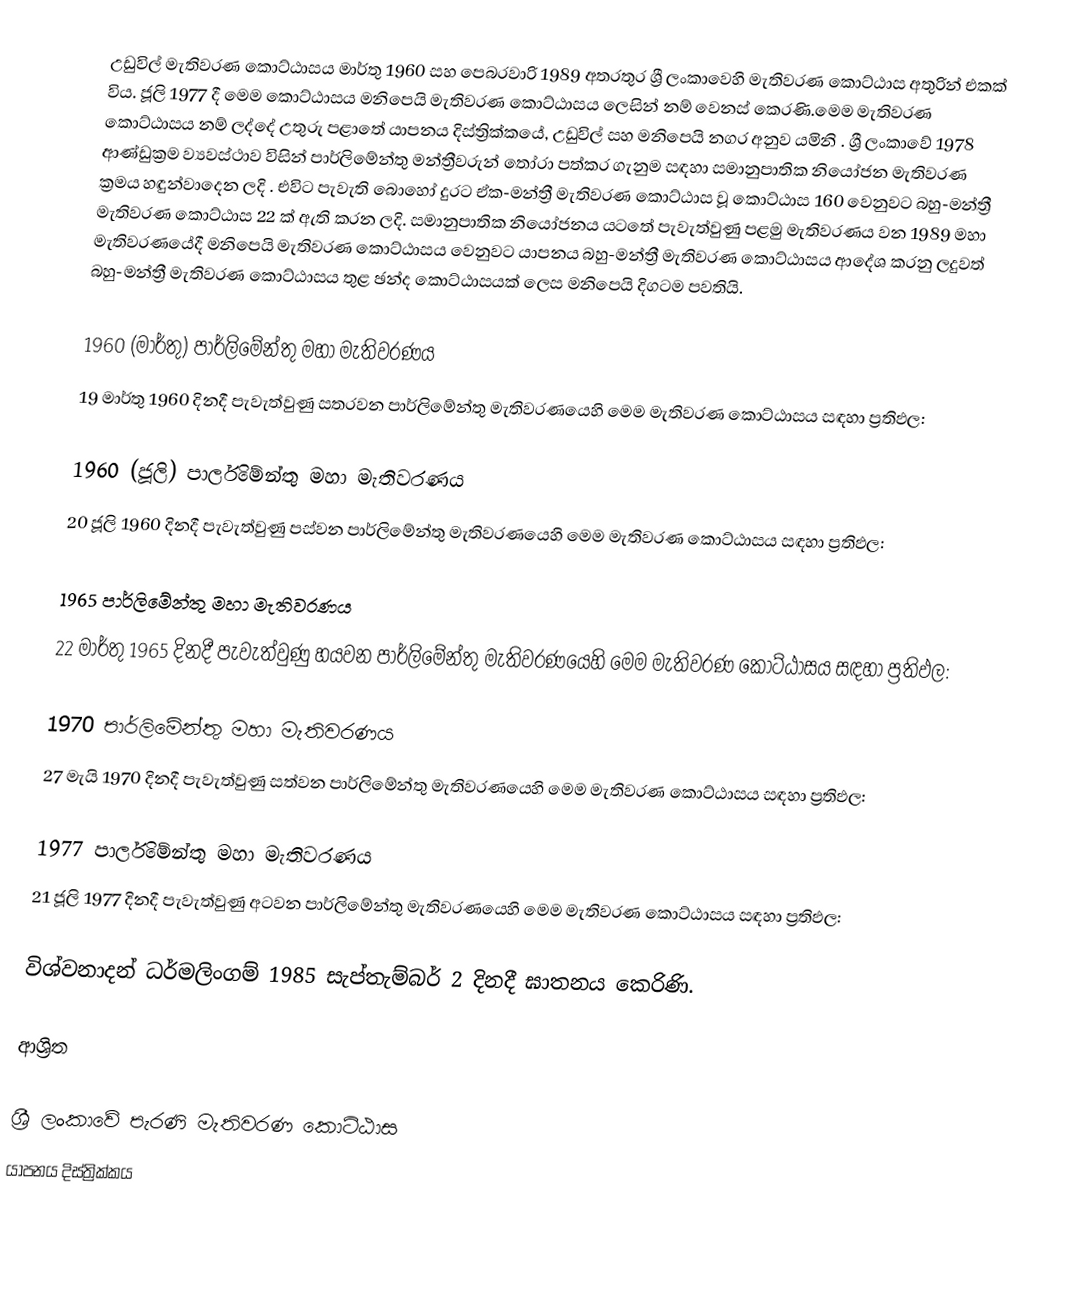
උඩුවිල් මැතිවරණ කොට්ඨාසය   මාර්තු 1960 සහ පෙබරවාරි 1989 අතරතුර  ශ්‍රී ලංකාවෙහි  මැතිවරණ කොට්ඨාස අතුරින් එකක් විය. ජූලි 1977 දී මෙම කොට්ඨාසය මනිපෙයි මැතිවරණ කොට්ඨාසය ලෙසින් නම් වෙනස් කෙරණි.මෙම මැතිවරණ කොට්ඨාසය නම් ලද්දේ උතුරු පළාතේ  යාපනය දිස්ත්‍රික්කයේ,  උඩුවිල් සහ මනිපෙයි නගර අනුව යමිනි . ශ්‍රී ලංකාවේ 1978 ආණ්ඩුක්‍රම ව්‍යවස්ථාව විසින්   පාර්ලිමේන්තු මන්ත්‍රීවරුන් තෝරා පත්කර ගැනුම සඳහා සමානුපාතික නියෝජන මැතිවරණ ක්‍රමය හඳුන්වාදෙන ලදි . එවිට පැවැති බොහෝ දුරට  ඒක-මන්ත්‍රී මැතිවරණ කොට්ඨාස වූ කොට්ඨාස 160 වෙනුවට බහු-මන්ත්‍රී මැතිවරණ කොට්ඨාස 22 ක් ඇති කරන ලදි. සමානුපාතික නියෝජනය යටතේ පැවැත්වුණු පළමු මැතිවරණය වන 1989 මහා මැතිවරණයේදී  මනිපෙයි මැතිවරණ කොට්ඨාසය වෙනුවට  යාපනය බහු-මන්ත්‍රී මැතිවරණ කොට්ඨාසය  ආදේශ කරනු ලදුවත් බහු-මන්ත්‍රී මැතිවරණ කොට්ඨාසය තුළ ඡන්ද කොට්ඨාසයක් ලෙස මනිපෙයි දිගටම පවතියි.

1960 (මාර්තු) පාර්ලිමේන්තු මහා මැතිවරණය
19 මාර්තු 1960 දිනදී පැවැත්වුණු  සතරවන පාර්ලිමේන්තු මැතිවරණයෙහි මෙම මැතිවරණ කොට්ඨාසය සඳහා ප්‍රතිඵල:

1960 (ජූලි) පාර්ලිමේන්තු මහා මැතිවරණය
20 ජූලි 1960 දිනදී පැවැත්වුණු  පස්වන පාර්ලිමේන්තු මැතිවරණයෙහි මෙම මැතිවරණ කොට්ඨාසය සඳහා ප්‍රතිඵල:

1965 පාර්ලිමේන්තු මහා මැතිවරණය
22 මාර්තු 1965  දිනදී පැවැත්වුණු  හයවන පාර්ලිමේන්තු මැතිවරණයෙහි මෙම මැතිවරණ කොට්ඨාසය සඳහා ප්‍රතිඵල:

1970 පාර්ලිමේන්තු මහා මැතිවරණය
27 මැයි 1970 දිනදී පැවැත්වුණු  සත්වන පාර්ලිමේන්තු මැතිවරණයෙහි මෙම මැතිවරණ කොට්ඨාසය සඳහා ප්‍රතිඵල:

1977 පාර්ලිමේන්තු මහා මැතිවරණය
21 ජූලි 1977 දිනදී පැවැත්වුණු  අටවන පාර්ලිමේන්තු මැතිවරණයෙහි මෙම මැතිවරණ කොට්ඨාසය සඳහා ප්‍රතිඵල:

විශ්වනාදන් ධර්මලිංගම් 1985 සැප්තැම්බර් 2 දිනදී ඝාතනය කෙරිණි.

ආශ්‍රිත

ශ්‍රී ලංකාවේ පැරණි මැතිවරණ කොට්ඨාස
යාපනය දිස්ත්‍රික්කය